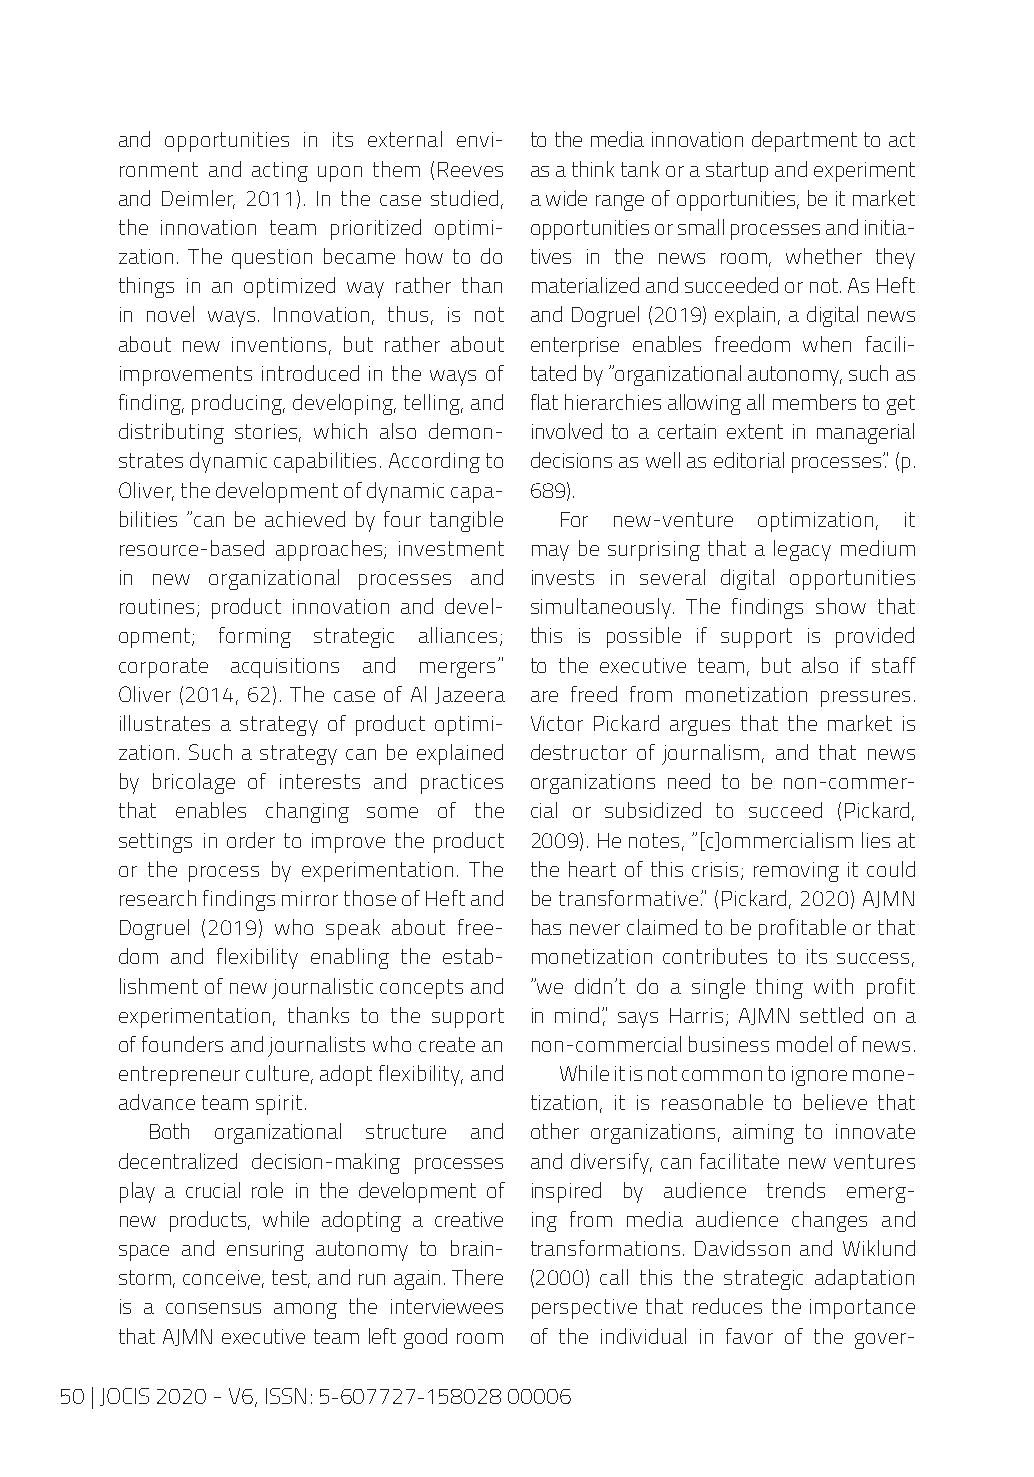
and opportunities in its external envi- to the media innovation department to act
 ronment and acting upon them (Reeves as a think tank or a startup and experiment
 and Deimler, 2011). In the case studied, a wide range of opportunities, be it market
 the innovation team prioritized optimi- opportunities or small processes and initia-
 zation. The question became how to do tives in the news room, whether they
 things in an optimized way rather than materialized and succeeded or not. As Heft
 in novel ways. Innovation, thus, is not and Dogruel (2019) explain, a digital news
 about new inventions, but rather about enterprise enables freedom when facili-
 improvements introduced in the ways of tated by “organizational autonomy, such as
 finding, producing, developing, telling, and flat hierarchies allowing all members to get
 distributing stories, which also demon- involved to a certain extent in managerial
 strates dynamic capabilities. According to decisions as well as editorial processes.” (p.
 Oliver, the development of dynamic capa- 689).
 bilities “can be achieved by four tangible For new-venture optimization, it
 resource-based approaches; investment may be surprising that a legacy medium
 in new organizational processes and invests in several digital opportunities
 routines; product innovation and devel- simultaneously. The findings show that
 opment; forming strategic alliances; this is possible if support is provided
 corporate acquisitions and mergers” to the executive team, but also if staff
 Oliver (2014, 62). The case of Al Jazeera are freed from monetization pressures.
 illustrates a strategy of product optimi- Victor Pickard argues that the market is
 zation. Such a strategy can be explained destructor of journalism, and that news
 by bricolage of interests and practices organizations need to be non-commer-
 that enables changing some of the cial or subsidized to succeed (Pickard,
 settings in order to improve the product 2009). He notes, “[c]ommercialism lies at
 or the process by experimentation. The the heart of this crisis; removing it could
 research findings mirror those of Heft and be transformative.” (Pickard, 2020) AJMN
 Dogruel (2019) who speak about free- has never claimed to be profitable or that
 dom and flexibility enabling the estab- monetization contributes to its success,
 lishment of new journalistic concepts and “we didn’t do a single thing with profit
 experimentation, thanks to the support in mind,” says Harris; AJMN settled on a
 of founders and journalists who create an non-commercial business model of news.
 entrepreneur culture, adopt flexibility, and While it is not common to ignore mone-
 advance team spirit.       tization, it is reasonable to believe that
 Both organizational structure and other organizations, aiming to innovate
 decentralized decision-making processes and diversify, can facilitate new ventures
 play a crucial role in the development of inspired by audience trends emerg-
 new products, while adopting a creative ing from media audience changes and
 space and ensuring autonomy to brain- transformations. Davidsson and Wiklund
 storm, conceive, test, and run again. There (2000) call this the strategic adaptation
 is a consensus among the interviewees perspective that reduces the importance
 that AJMN executive team left good room of the individual in favor of the gover-
 50 | JOCIS 2020 - V6, ISSN: 5-607727-158028 00006